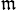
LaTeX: ^\mathfrak{m}